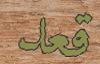
قعد